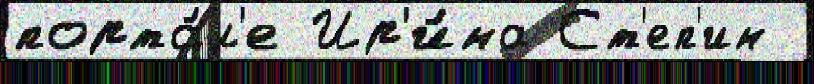
порта́л'е Ир'и́на Ст'еп'ин